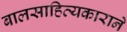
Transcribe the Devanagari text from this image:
बालसाहित्यकाराने